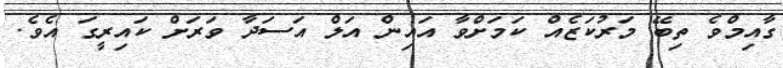
ގާއިމްވެ ތިބޭ މަރުކަޒެއް ކަމަށްވާ އައިން އަލް އަސަދާ ވަރަށް ކައިރީގަ އެވެ.